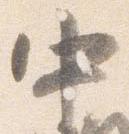
中